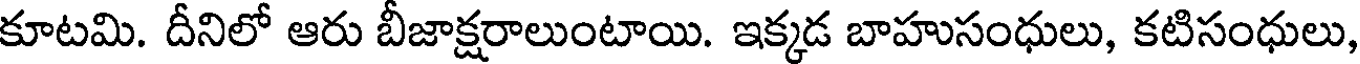
కూటమి. దీనిలో ఆరు బీజాక్షరాలుంటాయి. ఇక్కడ బాహుసంధులు, కటిసంధులు,